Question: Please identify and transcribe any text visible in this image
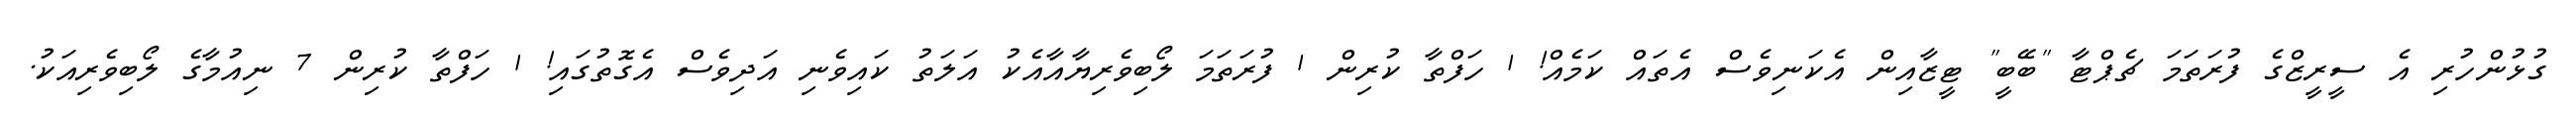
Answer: ގުޅުންހުރި އެ ސީރީޒްގެ ފުރަތަމަ ޗެޕްޓާ "ބޭބީ" ޓީޒާއިން އެކަނިވެސް އެތައް ކަމެއް! 1 ހަފްތާ ކުރިން 1 ފުރަތަމަ ލޯބިވެރިޔާއާއެކު އަލަތު ކައިވެނި އަދިވެސް އެގޮތުގައި! 1 ހަފްތާ ކުރިން 7 ނިއުމާގެ ލޯބިވެރިއަކު.